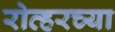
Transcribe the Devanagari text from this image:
रोव्हरच्या